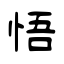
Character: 悟